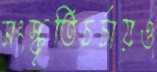
সংস্কৃতিচর্চায়ও